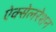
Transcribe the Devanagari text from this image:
ऐक्सेलरेशन